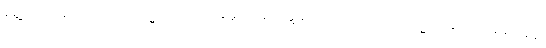
မွေ့လျော်ခြင်းရှိသည်။ ကမ္မာရတော၊ အမူသစ်၌ မွေ့လျော်တတ်သည်။ ကမ္မာရာမတံ၊ အမူသစ်၌